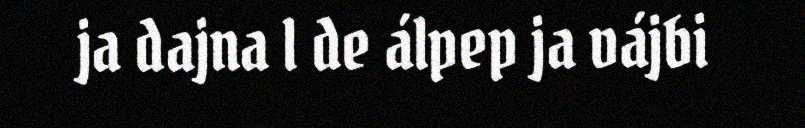
ja dajna l de álpep ja vájbi